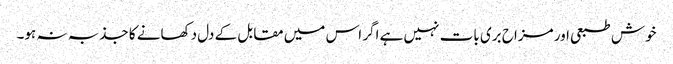
خوش طبعی اور مزاح بری بات نہیں ہے اگر اس میں مقابل کے دل دکھانے کا جذبہ نہ ہو۔